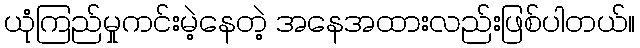
ယုံကြည်မှုကင်းမဲ့နေတဲ့ အနေအထားလည်းဖြစ်ပါတယ်။